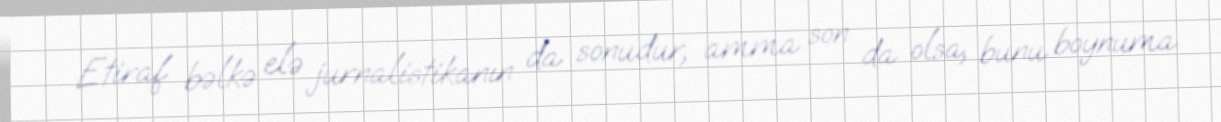
Etiraf bəlkə elə jurnalistikanın da sonudur, amma son da olsa, bunu boynuma